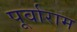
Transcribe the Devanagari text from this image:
पूर्वाराम